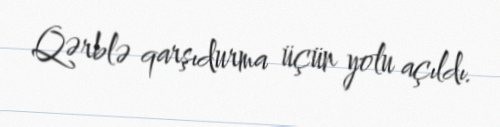
Qərblə qarşıdurma üçün yolu açıldı.